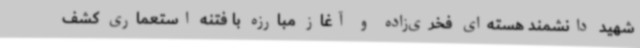
شهید دانشمند هسته‌ای فخری‌زاده و آغاز مبارزه با فتنه استعماری کشف